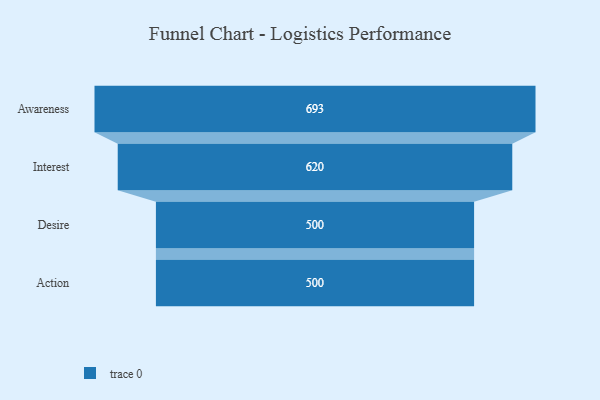
{"axis": {"x": "Stage", "y": "Value"}, "legend": [""], "data": [{"x": "Awareness", "y": 693.0, "type": ""}, {"x": "Interest", "y": 620.0, "type": ""}, {"x": "Desire", "y": 500, "type": ""}, {"x": "Action", "y": 500, "type": ""}]}